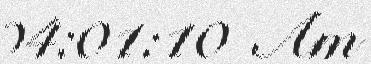
04:01:10 Am